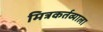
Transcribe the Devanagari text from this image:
मित्रकर्तव्याला